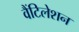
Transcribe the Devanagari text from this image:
वैंटिलेशन